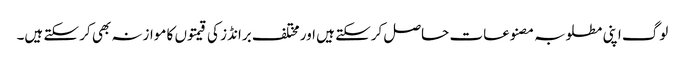
لوگ اپنی مطلوبہ مصنوعات حاصل کرسکتے ہیں اور مختلف برانڈز کی قیمتوں کا موازنہ بھی کر سکتے ہیں۔